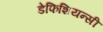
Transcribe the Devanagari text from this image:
डेफिशियन्सी